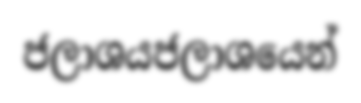
ජලාශයජලාශයෙන්